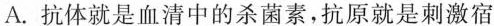
A.抗体就是血清中的杀菌素，抗原就是刺激宿